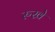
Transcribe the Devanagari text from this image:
रुखे